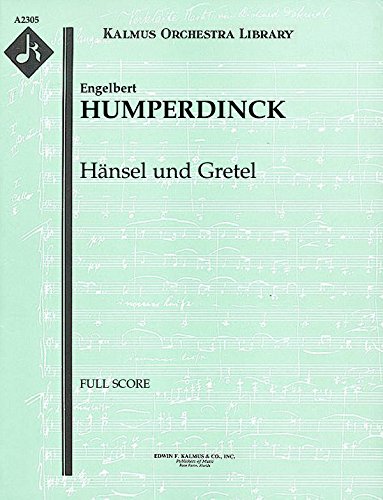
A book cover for HÃ¤nsel und Gretel: Full Score [A2305]; Engelbert Humperdinck; Humor & Entertainment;